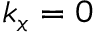
k _ { x } = 0